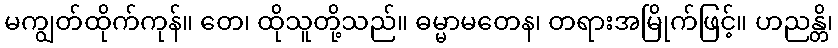
မကျွတ်ထိုက်ကုန်။ တေ၊ ထိုသူတို့သည်။ ဓမ္မာမတေန၊ တရားအမြိုက်ဖြင့်။ ဟညန္တိ၊